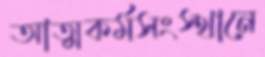
আত্মকর্মসংস্থানে